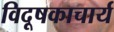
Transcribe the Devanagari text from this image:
विदूषकाचार्य